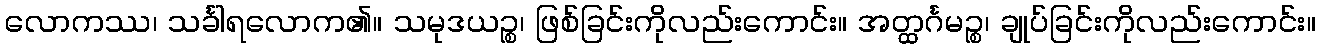
လောကဿ၊ သင်္ခါရလောက၏။ သမုဒယဉ္စ၊ ဖြစ်ခြင်းကိုလည်းကောင်း။ အတ္ထင်္ဂမဉ္စ၊ ချုပ်ခြင်းကိုလည်းကောင်း။